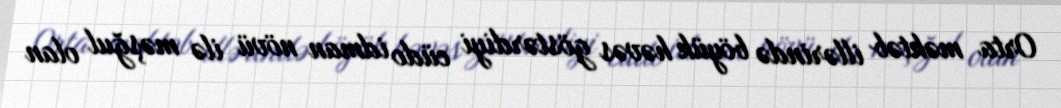
Orta məktəb illərində böyük həvəs göstərdiyi cüdo idman növü ilə məşğul olan